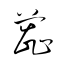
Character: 蕊